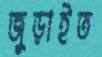
জুড়াইত